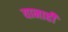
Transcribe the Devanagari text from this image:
यानाही